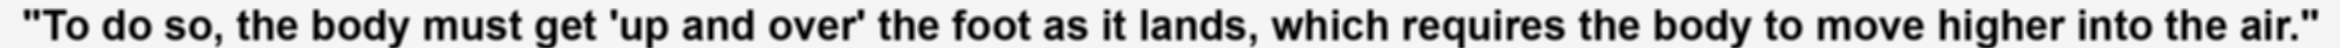
"To do so, the body must get 'up and over' the foot as it lands, which requires the body to move higher into the air."